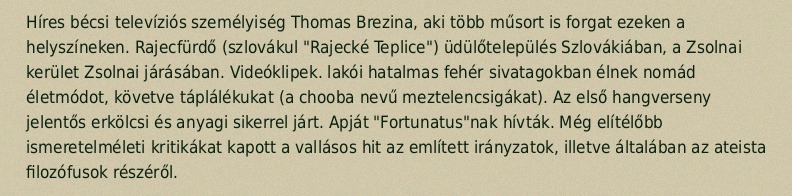
Híres bécsi televíziós személyiség Thomas Brezina, aki több műsort is forgat ezeken a helyszíneken. Rajecfürdő (szlovákul "Rajecké Teplice") üdülőtelepülés Szlovákiában, a Zsolnai kerület Zsolnai járásában. Videóklipek. lakói hatalmas fehér sivatagokban élnek nomád életmódot, követve táplálékukat (a chooba nevű meztelencsigákat). Az első hangverseny jelentős erkölcsi és anyagi sikerrel járt. Apját "Fortunatus"nak hívták. Még elítélőbb ismeretelméleti kritikákat kapott a vallásos hit az említett irányzatok, illetve általában az ateista filozófusok részéről.